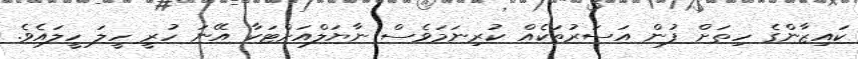
ކައިޒާންގެ ހިތަށް ފުން އަސަރުތަކެއް ކުރިނަމަވެސް ނާޔަލްއަށްޓަކާ އޭނަ ހުރީ ހީލަ ހީލައެވެ.